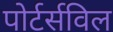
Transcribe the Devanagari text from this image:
पोर्टर्सविल